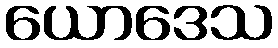
ယောဒေသ